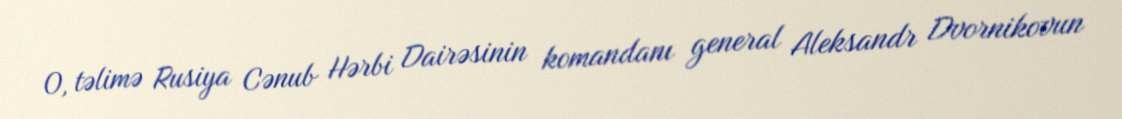
O, təlimə Rusiya Cənub Hərbi Dairəsinin komandanı general Aleksandr Dvornikovun